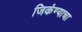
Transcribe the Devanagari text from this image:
जिकंण्याचा